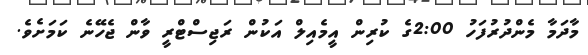
މާދަމާ މެންދުރުފަހު 2:00ގެ ކުރިން އީމެއިލް އަކުން ރަޖިސްޓްރީ ވާން ޖެހޭނެ ކަމަށެވެ.